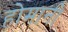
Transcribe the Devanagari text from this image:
होमानी